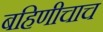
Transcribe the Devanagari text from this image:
बहिणीचाच